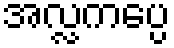
အလ္လကပ္ပေ